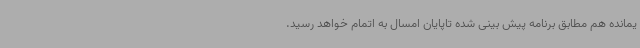
یمانده هم مطابق برنامه پیش بینی شده تاپایان امسال به اتمام خواهد رسید.